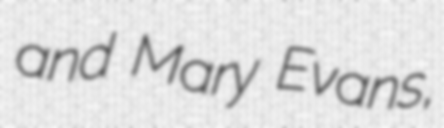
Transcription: and Mary Evans,